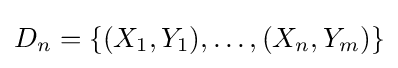
D_{n}=\{(X_{1},Y_{1}),\ldots ,(X_{n},Y_{m})\}